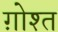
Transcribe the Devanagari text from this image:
ग़ोश्त